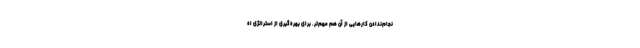
نجام‌ندادن کارهایی از آن هم مهم‌تر. برای بهره‌گیری از استراتژی اه